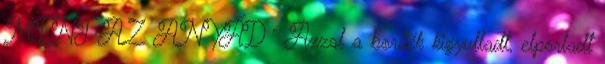
MINT AZ ANYÁD ” Azzal a boríték kigyulladt, elporladt